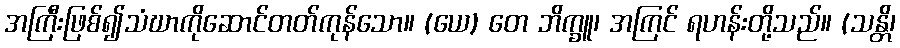
အကြီးဖြစ်၍သံဃာကိုဆောင်တတ်ကုန်သော။ (ယေ) တေ ဘိက္ခူ၊ အကြင် ရဟန်းတို့သည်။ (သန္တိ၊